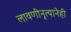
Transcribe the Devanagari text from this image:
लावणीनृत्यानेही